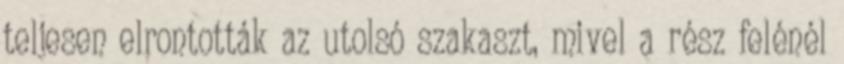
teljesen elrontották az utolsó szakaszt, mivel a rész felénél